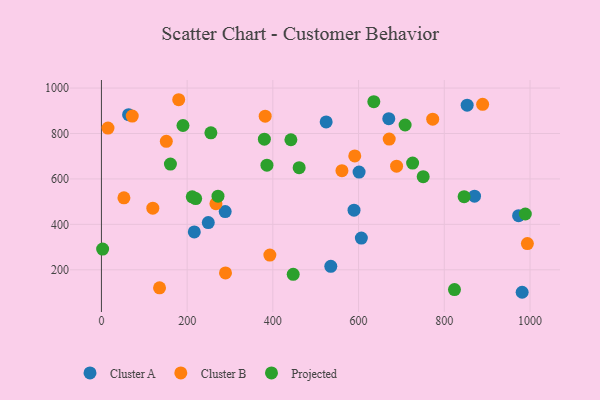
{"axis": {"x": "Distance", "y": "Sales"}, "legend": ["Cluster A", "Cluster B", "Projected"], "data": [{"x": "973.4", "y": 438.3, "type": "Cluster A"}, {"x": "535.2", "y": 215.4, "type": "Cluster A"}, {"x": "870.6", "y": 524.1, "type": "Cluster A"}, {"x": "670.5", "y": 865.4, "type": "Cluster A"}, {"x": "606.5", "y": 339.8, "type": "Cluster A"}, {"x": "249.3", "y": 407.7, "type": "Cluster A"}, {"x": "853.4", "y": 924.6, "type": "Cluster A"}, {"x": "601.2", "y": 630.1, "type": "Cluster A"}, {"x": "981.7", "y": 101.1, "type": "Cluster A"}, {"x": "524.4", "y": 850.9, "type": "Cluster A"}, {"x": "63.4", "y": 882.9, "type": "Cluster A"}, {"x": "589.4", "y": 462.6, "type": "Cluster A"}, {"x": "288.8", "y": 456.2, "type": "Cluster A"}, {"x": "216.7", "y": 366.7, "type": "Cluster A"}, {"x": "993.9", "y": 315.5, "type": "Cluster B"}, {"x": "15.3", "y": 823.9, "type": "Cluster B"}, {"x": "151.4", "y": 765.5, "type": "Cluster B"}, {"x": "688.7", "y": 656.2, "type": "Cluster B"}, {"x": "180.3", "y": 948.6, "type": "Cluster B"}, {"x": "671.5", "y": 775.4, "type": "Cluster B"}, {"x": "382.1", "y": 876.3, "type": "Cluster B"}, {"x": "135.6", "y": 120.7, "type": "Cluster B"}, {"x": "393.0", "y": 264.9, "type": "Cluster B"}, {"x": "119.9", "y": 471.2, "type": "Cluster B"}, {"x": "71.9", "y": 876.7, "type": "Cluster B"}, {"x": "289.5", "y": 186.3, "type": "Cluster B"}, {"x": "773.0", "y": 863.2, "type": "Cluster B"}, {"x": "591.1", "y": 701.3, "type": "Cluster B"}, {"x": "889.5", "y": 928.4, "type": "Cluster B"}, {"x": "267.2", "y": 491.0, "type": "Cluster B"}, {"x": "561.2", "y": 636.1, "type": "Cluster B"}, {"x": "52.5", "y": 517.0, "type": "Cluster B"}, {"x": "211.9", "y": 521.4, "type": "Projected"}, {"x": "190.3", "y": 835.1, "type": "Projected"}, {"x": "846.3", "y": 521.8, "type": "Projected"}, {"x": "750.8", "y": 609.9, "type": "Projected"}, {"x": "461.4", "y": 649.6, "type": "Projected"}, {"x": "255.4", "y": 802.7, "type": "Projected"}, {"x": "386.2", "y": 660.5, "type": "Projected"}, {"x": "219.9", "y": 513.4, "type": "Projected"}, {"x": "272.0", "y": 524.0, "type": "Projected"}, {"x": "823.8", "y": 113.2, "type": "Projected"}, {"x": "635.6", "y": 940.1, "type": "Projected"}, {"x": "442.1", "y": 772.4, "type": "Projected"}, {"x": "726.1", "y": 669.7, "type": "Projected"}, {"x": "380.2", "y": 774.8, "type": "Projected"}, {"x": "447.5", "y": 180.3, "type": "Projected"}, {"x": "2.8", "y": 291.1, "type": "Projected"}, {"x": "989.1", "y": 445.7, "type": "Projected"}, {"x": "708.6", "y": 837.3, "type": "Projected"}, {"x": "161.0", "y": 665.3, "type": "Projected"}]}